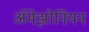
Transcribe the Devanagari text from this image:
ॲमेझोनियन